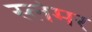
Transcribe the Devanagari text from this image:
स्लेमर